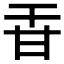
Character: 𤮻